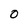
Character: O